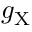
g _ { \mathrm { X } }